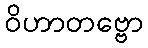
ဝိဟာတဗ္ဗော